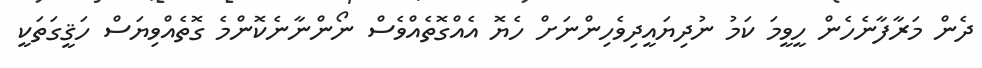
ދެން މަރާފާނެހެން ހީވީމަ ކަމު ނުދިޔައީދިވެހިންނަށް ހެޔޮ އެއްގޮތެއްވެސް ނޯންނާނެކޮންމެ ގޮތެއްވިޔަސް ހަޤީގަތަކީ